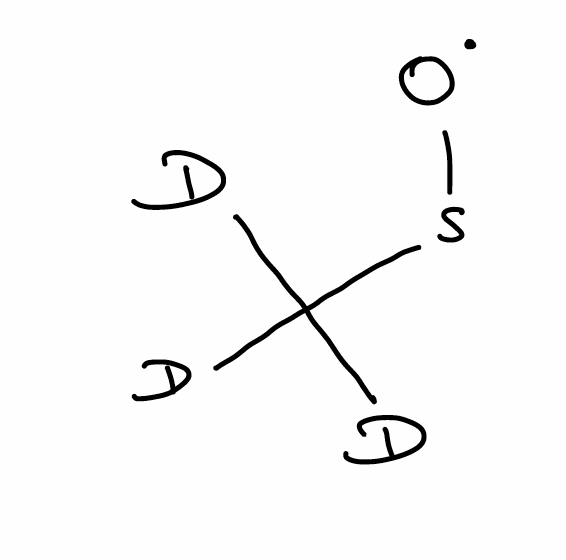
Simplified molecular-input line-entry system (SMILES) notation of the given molecule:
[2H]C([2H])([2H])S[O]